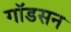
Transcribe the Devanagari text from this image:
गॉडसन